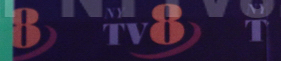
8 TV8 T